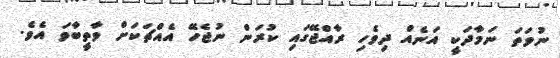
ނުވަތަ ނަމާދަކީ އަނެއް ދިވެހި ރާއްޖޭގައި ކުރަން ނުޖެހޭ އެއްޗަކަށް ވާތީބާވަ އެވެ.